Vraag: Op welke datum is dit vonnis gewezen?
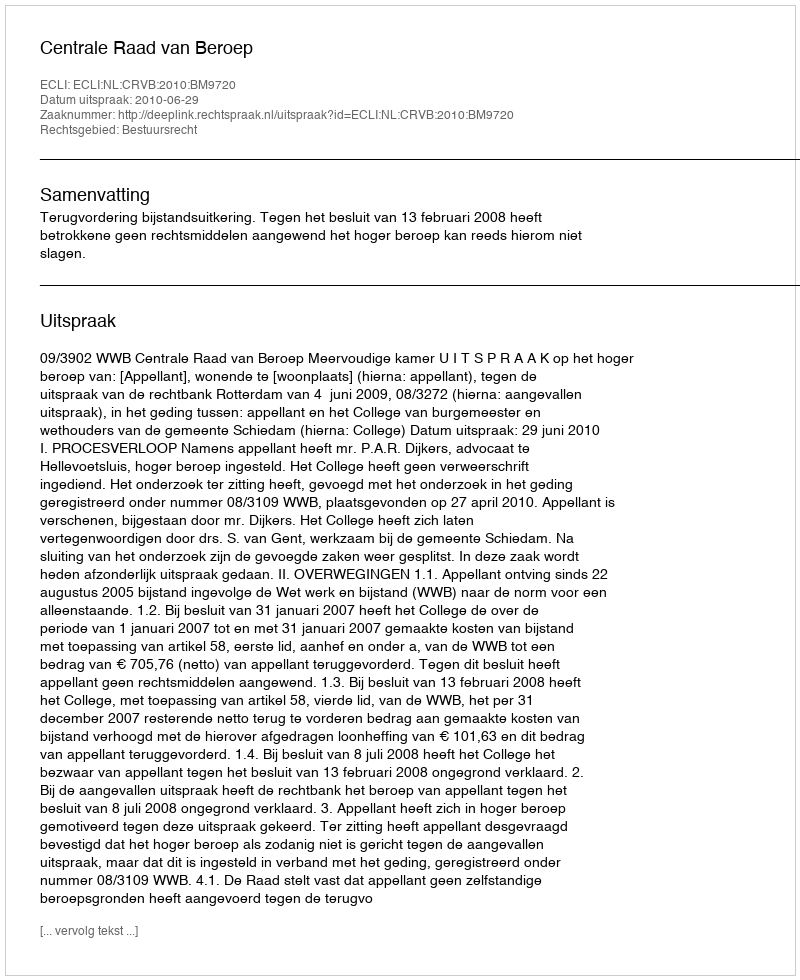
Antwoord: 2010-06-29